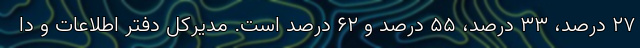
27 درصد، 33 درصد، 55 درصد و 62 درصد است. مدیرکل دفتر اطلاعات و دا